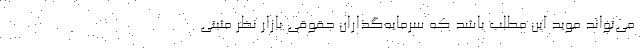
می‌تواند موید این مطلب باشد که سرمایه‌گذاران حقوقی بازار نظر مثبتی